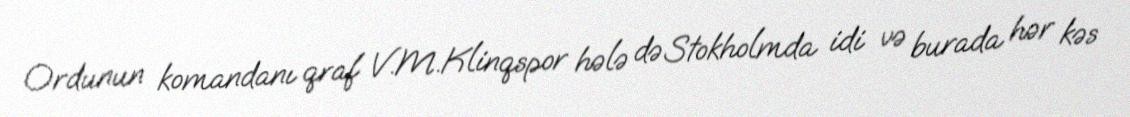
Ordunun komandanı qraf V.M.Klinqspor hələ də Stokholmda idi və burada hər kəs